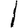
Digit: 1